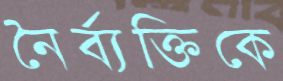
নৈর্ব্যক্তিকে